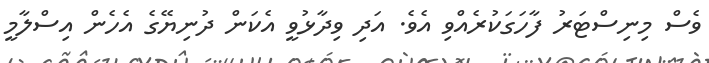
ވެސް މިނިސްޓަރު ފާހަގަކުރެއްވި އެވެ. އަދި ވިދާޅުވީ އެކަން ދުނިޔޭގެ އެހެން އިސްލާމީ